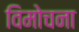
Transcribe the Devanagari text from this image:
विमोचना